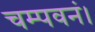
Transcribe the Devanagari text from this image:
चम्पवनं।